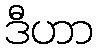
ဒီဟာ